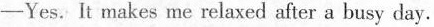
——Yes. It makes me relaxed after a busy day.